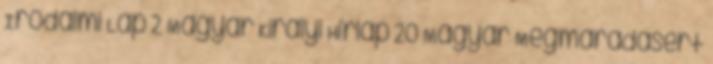
Irodalmi Lap 2 Magyar Királyi Hírlap 20 Magyar Megmaradásért